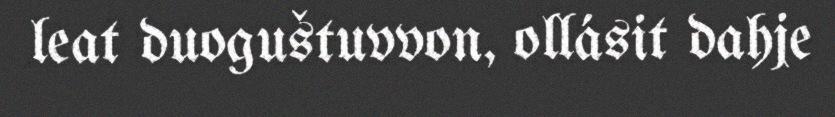
leat duoguštuvvon, ollásit dahje